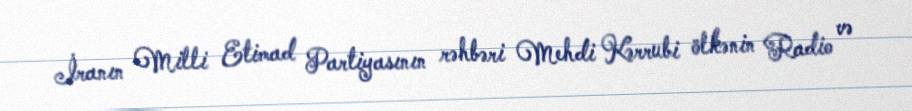
İranın Milli Etimad Partiyasının rəhbəri Mehdi Kərrubi ölkənin Radio və